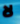
لا